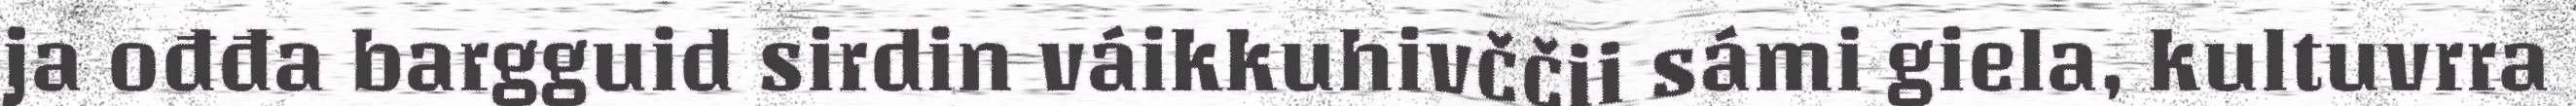
ja ođđa bargguid sirdin váikkuhivččii sámi giela, kultuvrra